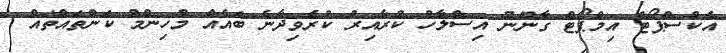
އެކްސްޕޯޓް އިމްޕޯޓް ގާނޫނު އިސްލާހު ކުރާއިރު ކުރެވިދާނެ ބައެއް މުހިންމު ކަންތައްތައް